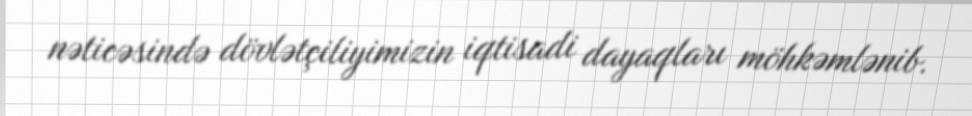
nəticəsində dövlətçiliyimizin iqtisadi dayaqları möhkəmlənib.